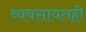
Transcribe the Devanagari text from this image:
व्यवसायतही